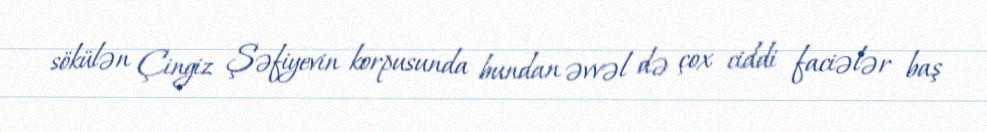
sökülən Çingiz Şəfiyevin korpusunda bundan əvvəl də çox ciddi faciələr baş